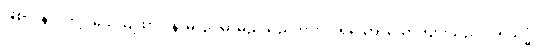
ဖြစ်ကုန်လတ္တံ့။ သေယျထာပိ နာမ၊ ဥပမာမည်သည်ကား။ ပုရိသော၊ ယောကျ်ားသည်။ ပရိသုဒ္ဓံ၊